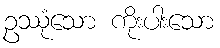
ဥဿုံသော ကိုးပါးသော